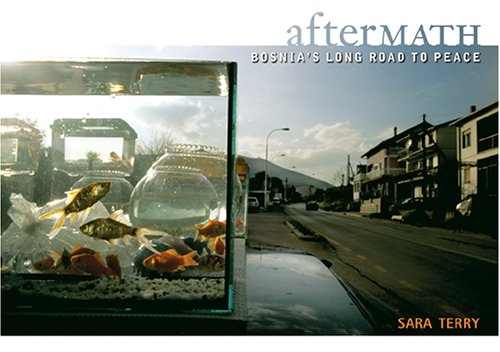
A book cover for Aftermath: Bosnia's Long Road to Peace; Sara Terry; Travel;